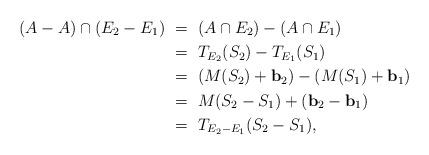
LaTeX: \begin{align*}(A-A)\cap (E_2-E_1)\ &=\ (A\cap E_2) - (A\cap E_1) \\ &=\ T_{E_2}(S_2) - T_{E_1}(S_1) \\ &=\ (M(S_2) + \mathbf{b}_2) - (M(S_1) + \mathbf{b}_1) \\ &=\ M(S_2-S_1) + (\mathbf{b}_2-\mathbf{b}_1) \\ &=\ T_{E_2-E_1}(S_2-S_1),\end{align*}